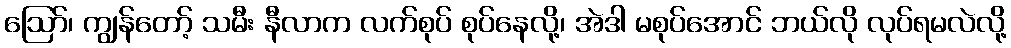
ဩော်၊ ကျွန်တော့် သမီး နီလာက လက်စုပ် စုပ်နေလို့၊ အဲဒါ မစုပ်အောင် ဘယ်လို လုပ်ရမလဲလို့